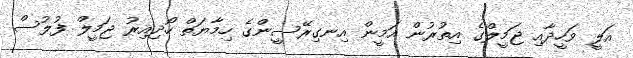
އަލީ ވަހީދާއި ޖަމީލްގެ އިތުރުން އަމީން އިނގިރޭސީންގެ ހިމާޔަތް ހޯދިއިރު ޖަމީލް ފުލުސް